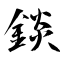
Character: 錟